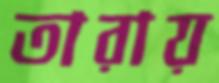
তারায়